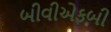
બીવીએફબી